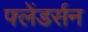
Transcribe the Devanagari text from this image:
फ्लेंडर्सन